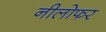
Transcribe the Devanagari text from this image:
नीलोफर